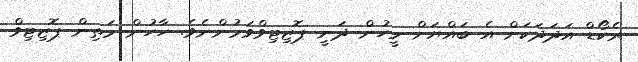
ރެކޯޑް އަދަދަކަށް އެ ބައްޔަށް މީހުން ދަނީ ޕޮޒިޓިވްވަމުންނެވެ. ހާހުން މަތިން ޕޮޒިޓިވް